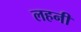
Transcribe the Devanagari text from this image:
लहनी